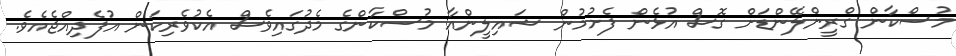
މުސްކާން ގްރީންލޭންޑަށް ގޮސް އުޅެން ފެށުމުން ޝައިލީންއާ މުސްކާންގެ މެދުގައިވެސް އެކުވެރިކަން އުފެދިއްޖެއެވެ.